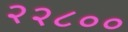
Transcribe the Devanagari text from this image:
२२८००